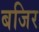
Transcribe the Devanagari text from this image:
बजिर